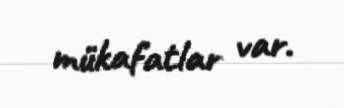
mükafatlar var.